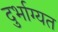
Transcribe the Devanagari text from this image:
दुर्भाग्यत